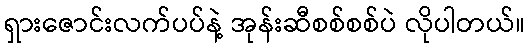
ရှားဇောင်းလက်ပပ်နဲ့ အုန်းဆီစစ်စစ်ပဲ လိုပါတယ်။